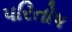
પરિતોષ